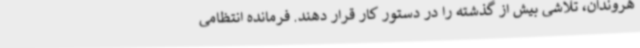
هروندان، تلاشی بیش از گذشته را در دستور کار قرار دهند. فرمانده انتظامی